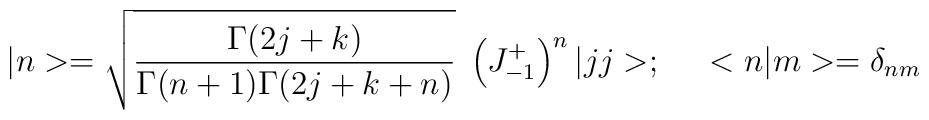
|n>=\sqrt{\frac{\Gamma(2j+k)}{\Gamma(n+1)\Gamma(2j+k+n)}}\;\left(J^+_{-1}\right)^n|jj>;\;\;\;\;\;<n|m>=\delta_{nm}